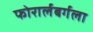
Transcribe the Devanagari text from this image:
फोरार्लबर्गला